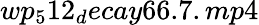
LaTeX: wp_{5}12_{d}ecay66.7.mp4